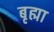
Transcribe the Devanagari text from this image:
बृह्मा